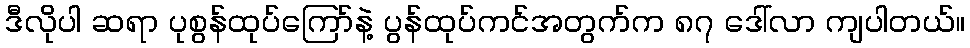
ဒီလိုပါ ဆရာ ပုစွန်ထုပ်ကြော်နဲ့ ပွန်ထုပ်ကင်အတွက်က ၈၇ ဒေါ်လာ ကျပါတယ်။